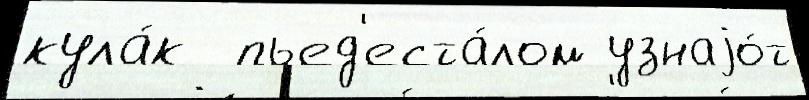
кула́к  пьед'еста́лом узнаjо́т